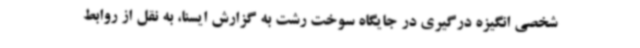
شخصی انگیزه درگیری در جایگاه سوخت رشت به گزارش ایسنا، به نقل از روابط